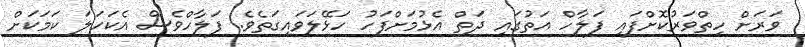
ވަރަށް ހިތްވަރުކޮށްފައި ފަލާހް އަތުގައި ދަތް އެޅުމަށްފަހު ހަޅޭލަވައިގަތެވެ. ފަލާހްވެސް އެކަހަލަ ކަމަކަށް